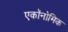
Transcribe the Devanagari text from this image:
एकॉनोमिक